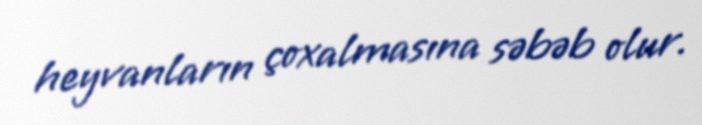
heyvanların çoxalmasına səbəb olur.